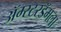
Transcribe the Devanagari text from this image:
ॲम्स्टरडॅमला